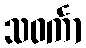
သဝင်္ကာ